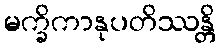
မက္ခိကာနုပတိဿန္တိ